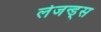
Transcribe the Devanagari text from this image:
लेजन्ड्स